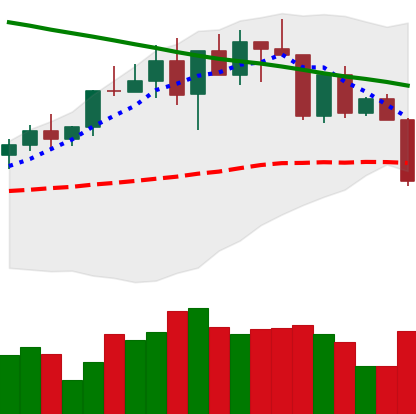
Ticker: BNB-USD
Chart end date: 2022-04-11
Forward return: 5.936%
Label: up_5_7